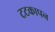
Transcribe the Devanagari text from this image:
टटकापन